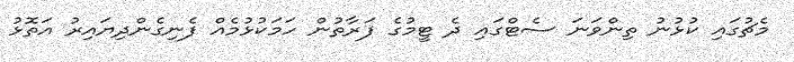
މެޗުގައި ކުޅުނު ތިންވަނަ ސެޓްގައި ދެ ޓީމުގެ ފަރާތުން ހަމަކުޅުމެއް ފެނިގެންދިޔައިރު އަތޮޅު